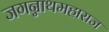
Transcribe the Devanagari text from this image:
जगन्नाथमहाराज